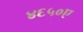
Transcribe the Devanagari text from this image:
४६५०ए